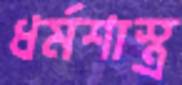
ধর্মশাস্ত্র